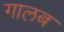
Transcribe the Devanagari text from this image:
गालब